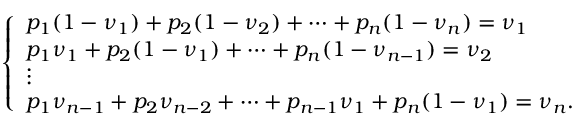
\left\{ \begin{array} { l l } { p _ { 1 } ( 1 - \nu _ { 1 } ) + p _ { 2 } ( 1 - \nu _ { 2 } ) + \dots + p _ { n } ( 1 - \nu _ { n } ) = \nu _ { 1 } } \\ { p _ { 1 } \nu _ { 1 } + p _ { 2 } ( 1 - \nu _ { 1 } ) + \dots + p _ { n } ( 1 - \nu _ { n - 1 } ) = \nu _ { 2 } } \\ { \vdots } \\ { p _ { 1 } \nu _ { n - 1 } + p _ { 2 } \nu _ { n - 2 } + \dots + p _ { n - 1 } \nu _ { 1 } + p _ { n } ( 1 - \nu _ { 1 } ) = \nu _ { n } . } \end{array} \right.